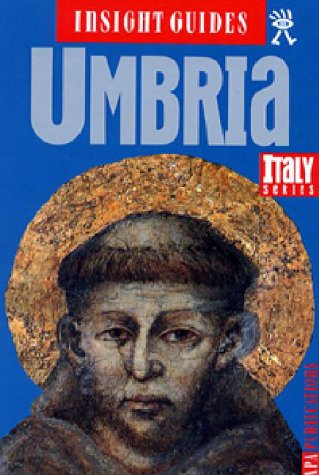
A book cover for Insight Guide Umbria; Insight Guides; Travel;